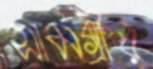
সামগ্রীর